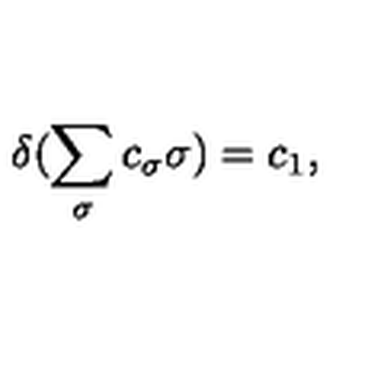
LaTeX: \delta ( \sum _ { \sigma } c _ { \sigma } \sigma ) = c _ { 1 } ,